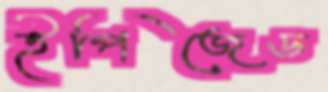
ইপিজেড